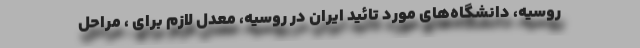
روسیه، دانشگاه‌های مورد تائید ایران در روسیه، معدل لازم برای ، مراحل